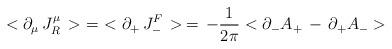
LaTeX: \begin{align*}<\partial_\mu\, J_R^\mu\, >\,\,=\,\,<\partial_+\, J_-^F\, >\,=\,- {1\over{ 2\pi }} < \partial_- A_+ \,-\,\partial_+ A_- >\end{align*}